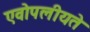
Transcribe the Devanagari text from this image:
एवोपलीयते